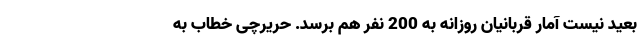
بعید نیست آمار قربانیان روزانه به 200 نفر هم برسد. حریرچی خطاب به